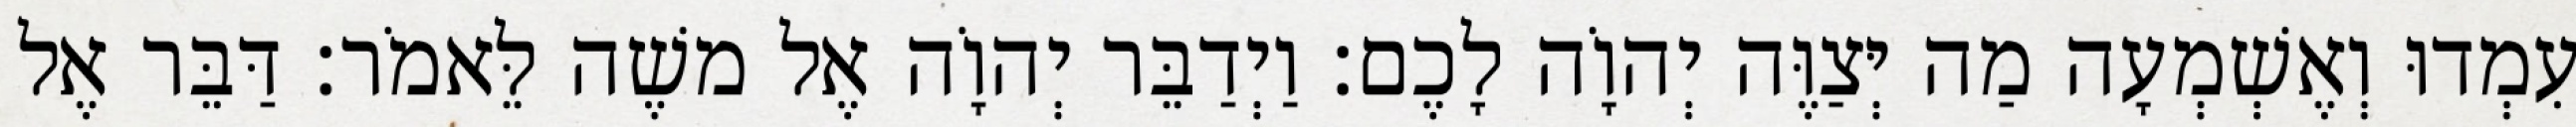
עִמְדוּ וְאֶשְׁמְעָה מַה יְּצַוֶּה יְהוָֹה לָכֶם׃ וַיְדַבֵּר יְהוָֹה אֶל משֶׁה לֵּאמֹר׃ דַּבֵּר אֶל